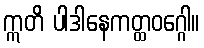
ဣတိ ပါဒါနေကတ္ထဝဂ္ဂေါ။